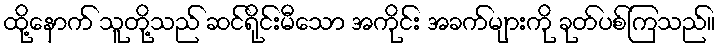
ထို့နောက် သူတို့သည် ဆင်ရိုင်းမီသော အကိုင်း အခက်များကို ခုတ်ပစ်ကြသည်။